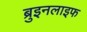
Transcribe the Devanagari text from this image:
ब्रुइनलाइफ